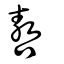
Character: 嗸